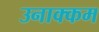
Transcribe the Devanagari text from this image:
उनाक्कम